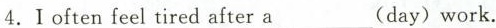
4. I often feel tired after a ___(day) work.